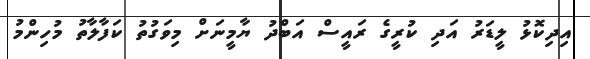
އިދިކޮޅު ލީޑަރު އަދި ކުރީގެ ރައީސް އަބްދު ޔާމީނަށް މިވަގުތު ކަފާލާތު މުހިންމު